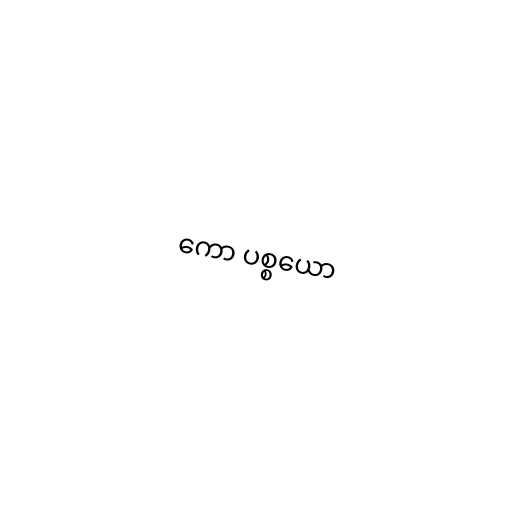
ကော ပစ္စယော